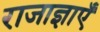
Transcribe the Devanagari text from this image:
राजाज्ञाएँ